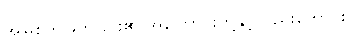
အမြစ်ကိုဖြတ်ခြင်း၏ အကြောင်းတို့နှင့်လည်းကောင်း။